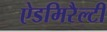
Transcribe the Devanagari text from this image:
ऐडमिरैल्टी